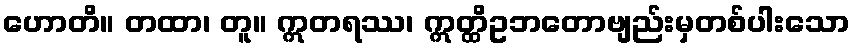
ဟောတိ။ တထာ၊ တူ။ ဣတရဿ၊ ဣတ္ထိဥဘတောဗျည်းမှတစ်ပါးသော